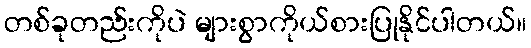
တစ်ခုတည်းကိုပဲ များစွာကိုယ်စားပြုနိုင်ပါတယ်။